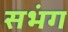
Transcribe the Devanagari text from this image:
सभंग